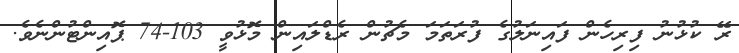
ރޭ ކުޅުނު ފިރިހެން ފައިނަލުގެ ފުރަތަމަ މެޗުން ރެޑްލައިން މޮޅުވީ 103-74 ޕޮއިންޓުންނެވެ.